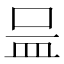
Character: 𱲌